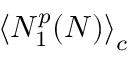
\left\langle N _ { 1 } ^ { p } ( N ) \right\rangle _ { c }